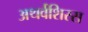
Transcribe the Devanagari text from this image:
अथर्वशिरस